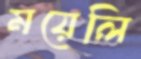
ময়েলি